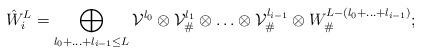
LaTeX: \begin{align*}\hat W_i^L=\bigoplus_{l_0+\ldots+l_{i-1}\le L}{\cal V}^{l_0}\otimes{\cal V}^{l_1}_\#\otimes\ldots\otimes{\cal V}^{l_{i-1}}_\#\otimes W^{L-(l_0+\ldots+l_{i-1})}_\#;\end{align*}